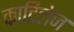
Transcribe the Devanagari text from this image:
काटिलेज